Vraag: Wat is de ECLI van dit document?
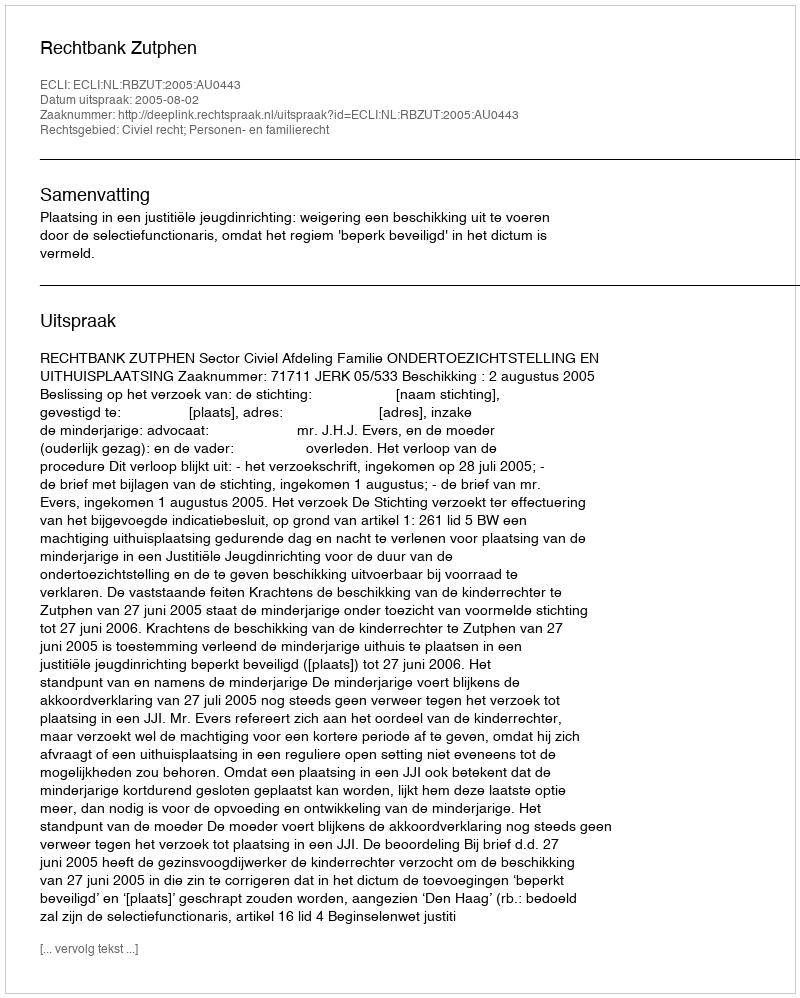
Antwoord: ECLI:NL:RBZUT:2005:AU0443